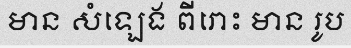
មាន សំឡេង ពីរោះ មាន រូប